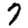
Digit: 7